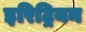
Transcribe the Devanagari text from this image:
इरिट्रियन